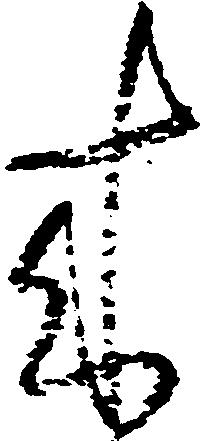
来